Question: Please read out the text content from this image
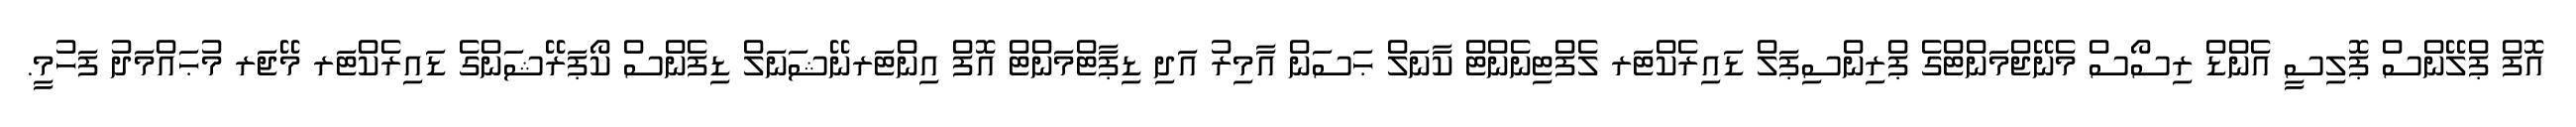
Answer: އޮފް ޕްލޭންސް ޕޮލިސީ އެންޑް ރިސޯސް މެނޭޖްމަންޓްގެ ޕްރިންސިޕަލް ޑައިރެކްޓަރ ލެފްޓިނެންޓް ކާނަލް ޙަސަން އާމިރު އަދި ޑިޕާޓްމަންޓް އޮފް އިންޓަރނޭޝަނަލް ޑިފެންސް ކޯޕަރޭޝަންގެ ޑައިރެކްޓަރ މޭޖަރ މުޙައްމަދު ފަހުމީ.